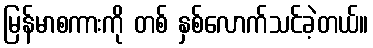
မြန်မာစကားကို တစ် နှစ်လောက်သင်ခဲ့တယ်။